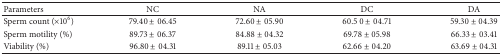
<table><thead><tr><td><b>Parameters</b></td><td><b>NC</b></td><td><b>NA</b></td><td><b>DC</b></td><td><b>DA</b></td></tr></thead><tbody><tr><td>Sperm count (×10<sup>6</sup>)</td><td>79.40 ± 06.45</td><td>72.60 ± 05.90</td><td>60.5 0 ± 04.71</td><td>59.30 ± 04.39</td></tr><tr><td>Sperm motility (%)</td><td>89.73 ± 06.37</td><td>84.88 ± 04.32</td><td>69.78 ± 05.98</td><td>66.33 ± 03.41</td></tr><tr><td>Viability (%)</td><td>96.80 ± 04.31</td><td>89.11 ± 05.03</td><td>62.66 ± 04.20</td><td>63.69 ± 04.31</td></tr></tbody></table>